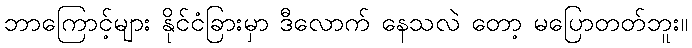
ဘာကြောင့်များ နိုင်ငံခြားမှာ ဒီလောက် နေသလဲ တော့ မပြောတတ်ဘူး။